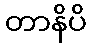
တာနိပိ